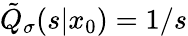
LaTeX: \tilde{Q}_{\sigma}(s|x_{0})=1/s